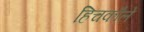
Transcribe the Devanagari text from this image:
हिचकौले